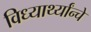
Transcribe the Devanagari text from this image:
विध्यार्थ्यांन्चे